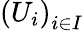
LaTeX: \left(U_{i}\right)_{i\in I}